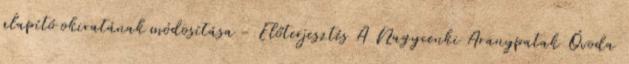
alapító okiratának módosítása - Előterjesztés A Nagycenki Aranypatak Óvoda